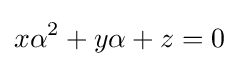
x\alpha ^{2}+y\alpha +z=0